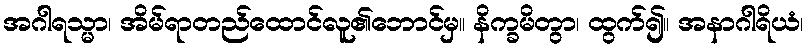
အဂါရသ္မာ၊ အိမ်ရာတည်ထောင်လူ၏ဘောင်မှ။ နိက္ခမိတွာ၊ ထွက်၍။ အနာဂါရိယံ၊